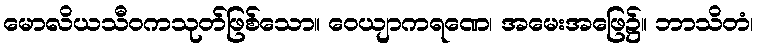
မောလိယသီဝကသုတ်ဖြစ်သော။ ဝေယျာကရဏေ၊ အမေးအဖြေ၌။ ဘာသိတံ၊